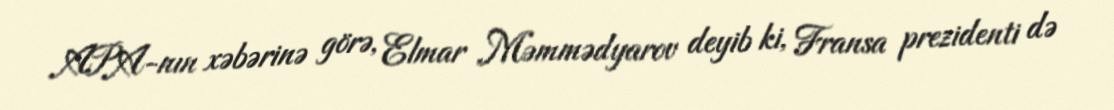
APA-nın xəbərinə görə, Elmar Məmmədyarov deyib ki, Fransa prezidenti də